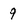
Character: 9